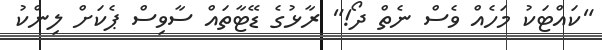
"ކައްޓަކު މަހެއް ވެސް ނެތް ދޯ!" ރާޅުގެ ޑޭޓާތައް ސާވިސް ޕެކަށް ލިންކު